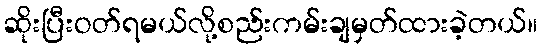
ဆိုးပြီးဝတ်ရမယ်လို့စည်းကမ်းချမှတ်ထားခဲ့တယ်။